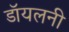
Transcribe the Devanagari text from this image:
डॉयलनी